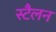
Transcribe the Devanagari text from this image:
स्टैलन